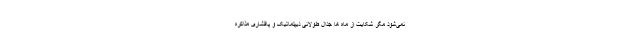
نمی‌شود مگر شکایت از ماه ها جدال طولانی دیپلماتیک و پافشاری مذاکره